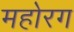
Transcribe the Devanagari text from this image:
महोरग